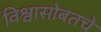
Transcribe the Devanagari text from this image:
विश्वासोबतचे